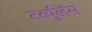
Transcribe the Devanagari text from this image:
टर्ब्युलेंस